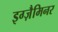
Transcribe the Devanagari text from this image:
इग्ज़ैमिनर